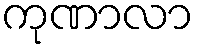
ကုဏာလာ